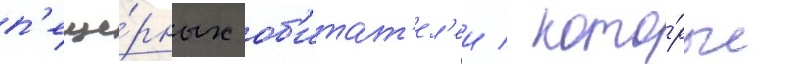
п'еще́рных об'итат'ел'еи / кото́рые